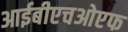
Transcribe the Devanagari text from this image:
आईबीएचओएफ